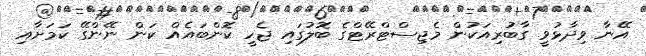
އޭނާ ވިދާޅުވީ ގާބުރިއަކުން މެޖިސްޓްރޭޓްގެ ބޮލުގައި ޖެހީ ކޮންބައެއް ކަން ނޭންގޭ ކަމަށާއި